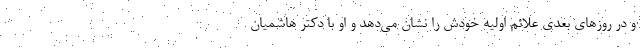
و در روزهای بعدی علائم اولیه خودش را نشان می‌دهد و او با دکتر هاشمیان